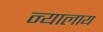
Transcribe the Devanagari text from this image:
न्यालाय